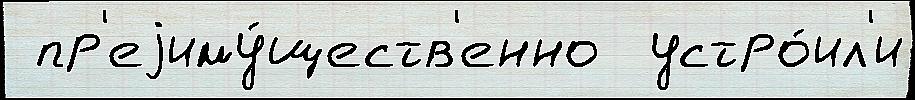
 пр'еjиму́ществ'енно  устро́ил'и